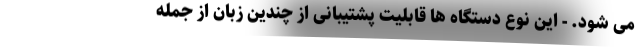
می شود. - این نوع دستگاه ها قابلیت پشتیبانی از چندین زبان از جمله